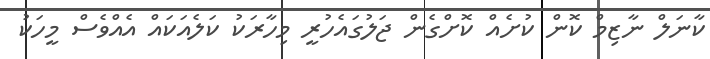
ކާނަލް ނާޒިމް ކޮން ކުށެއް ކޮށްގެން ޖަލުގައެހުރީ މިހާރަކު ކަލެއަކައް އެއްވެސް މީހަކު